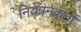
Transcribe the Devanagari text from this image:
नियंत्रनकर्ता